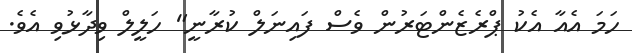
ހަމަ އެއާ އެކު ޕްރެޒެންޓަރުން ވެސް ފައިނަލް ކުރާނީ" ހަލީލް ވިދާޅުވި އެވެ.